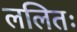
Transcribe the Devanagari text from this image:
ललितः